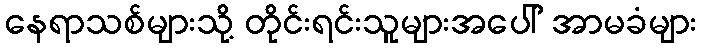
နေရာသစ်များသို့ တိုင်းရင်းသူများအပေါ် အာမခံများ